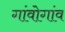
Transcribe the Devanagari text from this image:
गांवोगांव